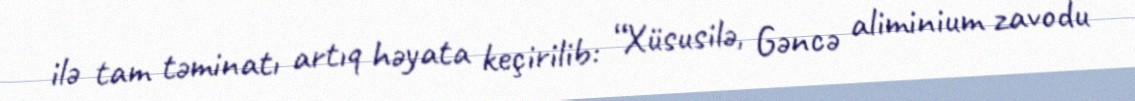
ilə tam təminatı artıq həyata keçirilib: “Xüsusilə, Gəncə aliminium zavodu